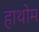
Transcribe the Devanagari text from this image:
हाथोम